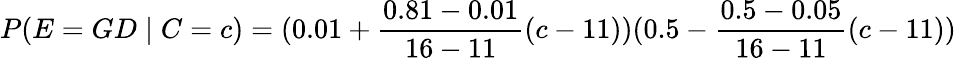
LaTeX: P(E=GD\mid C=c)=(0.01+{\frac{0.81-0.01}{16-11}}(c-11))(0.5-{\frac{0.5-0.05}{16-11}}(c-11))